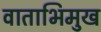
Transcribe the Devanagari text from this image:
वाताभिमुख